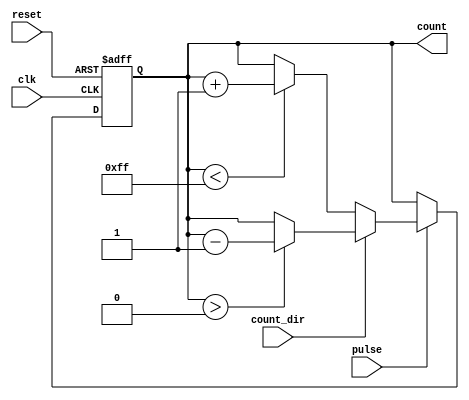
module pulse_counter #(
    parameter N = 8 // Counter width (number of bits)
)(
    input wire clk,         // Clock signal
    input wire reset,       // Asynchronous reset
    input wire pulse,       // Pulse input
    input wire count_dir,   // Counting direction (0 -> up, 1 -> down)
    output reg [N-1:0] count // Current count value
);

// Asynchronous reset and synchronous counting
always @(posedge clk or posedge reset) begin
    if (reset) begin
        // Reset the count to zero
        count <= 0;
    end
    else if (pulse) begin
        if (count_dir == 1'b0) begin
            // Count up
            if (count < (1 << N) - 1) begin // Ensure it does not exceed max value
                count <= count + 1;
            end
        end
        else begin
            // Count down
            if (count > 0) begin // Ensure it does not go below zero
                count <= count - 1;
            end
        end
    end
end

endmodule